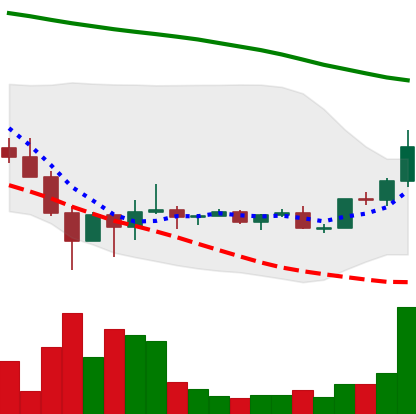
Ticker: DOGE-USD
Chart end date: 2022-02-07
Forward return: -12.787%
Label: down_7plus